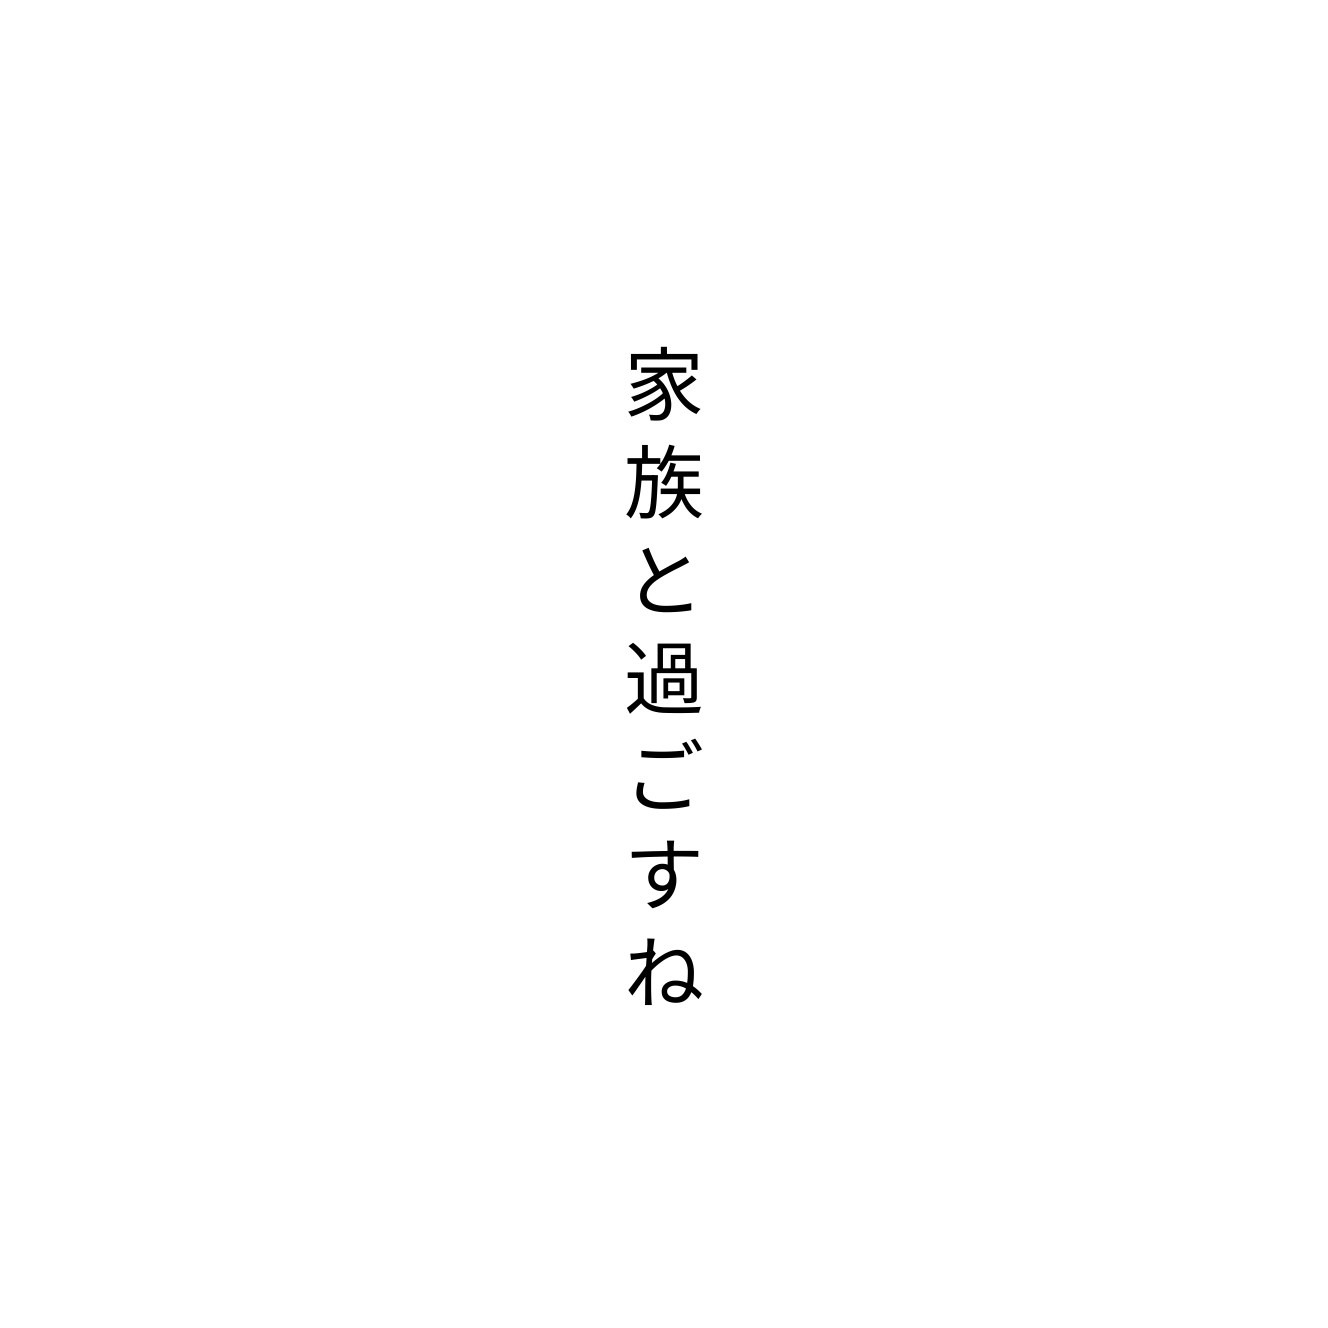
家族と過ごすね